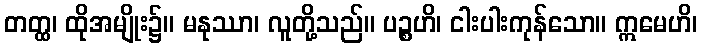
တတ္ထ၊ ထိုအမျိုး၌။ မနုဿာ၊ လူတို့သည်။ ပဉ္စဟိ၊ ငါးပါးကုန်သော။ ဣမေဟိ၊